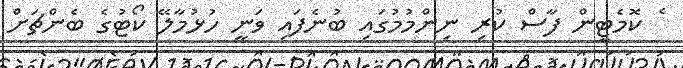
ެ ކޮމެޓީން ފާސް ކުރި ނިންމުމުގައި ބުނެފައި ވަނީ ހުޅުމާލޭ ކޯޓުގެ ބެންޗަށް